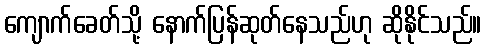
ကျောက်ခေတ်သို့ နောက်ပြန်ဆုတ်နေသည်ဟု ဆိုနိုင်သည်။